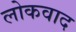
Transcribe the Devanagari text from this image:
लोकवाद